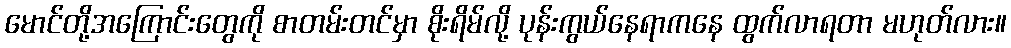
မောင်တို့အကြောင်းတွေကို စာတမ်းတင်မှာ စိုးရိမ်လို့ ပုန်းကွယ်နေရာကနေ ထွက်လာရတာ မဟုတ်လား။